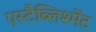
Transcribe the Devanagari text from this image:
एस्टैब्लिश्मेंट